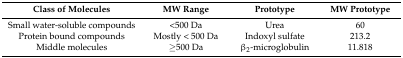
<table><thead><tr><td><b>Class of Molecules</b></td><td><b>MW Range</b></td><td><b>Prototype</b></td><td><b>MW Prototype</b></td></tr></thead><tbody><tr><td>Small water-soluble compounds</td><td>&lt;500 Da</td><td>Urea</td><td>60</td></tr><tr><td>Protein bound compounds</td><td>Mostly &lt; 500 Da</td><td>Indoxyl sulfate</td><td>213.2</td></tr><tr><td>Middle molecules</td><td>≥500 Da</td><td>β<sub>2</sub>-microglobulin</td><td>11.818</td></tr></tbody></table>